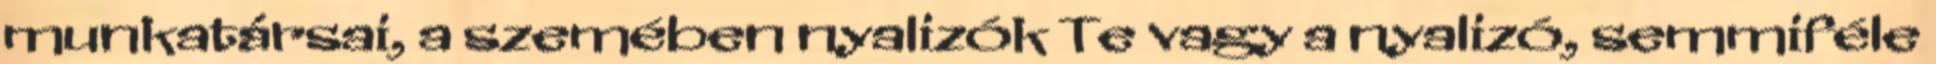
munkatársai, a szemében nyalizók Te vagy a nyalizó, semmiféle